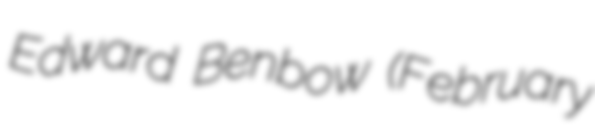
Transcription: Edward Benbow (February